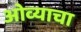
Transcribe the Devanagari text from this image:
ओव्याचा